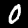
Digit: 0